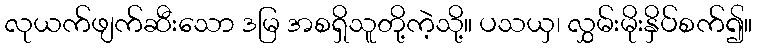
လုယက်ဖျက်ဆီးသော ဒမြ အစရှိသူတို့ကဲ့သို့။ ပသယှ၊ လွှမ်းမိုးနှိပ်စက်၍။